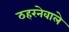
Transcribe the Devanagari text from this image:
ठहरनेवाले